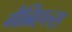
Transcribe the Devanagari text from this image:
गैब्रिएल्स